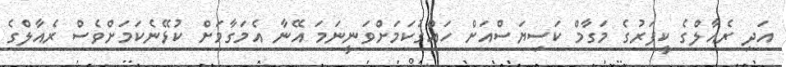
އަދި ރެއާލްގެ ކީޕަރުގެ މަގާމް ކަސިޔަސްއަށް ހައްގުކަމަށްވަނީނަމަ އޭނާ އެމަގާމަށް ކުޅޭނެކަމަށްވެސް ރެއާލްގެ